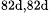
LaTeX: ^\textrm{\scriptsize 82d,82d}